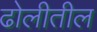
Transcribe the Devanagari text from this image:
ढोलीतील